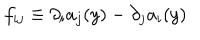
LaTeX: f _ { i j } \equiv \partial _ { i } a _ { j } ( y ) - \partial _ { j } a _ { i } ( y )